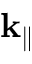
\mathbf { k } _ { \parallel }